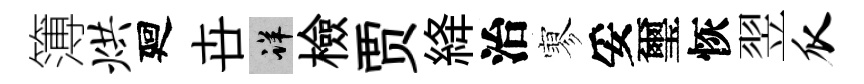
簿烘廻卋详檢贾絳治寥妥璽恢翌瓜